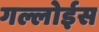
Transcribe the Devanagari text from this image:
गल्लोईस